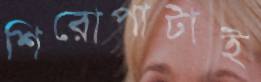
শিরোপাটাই